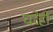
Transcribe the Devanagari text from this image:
घरेही